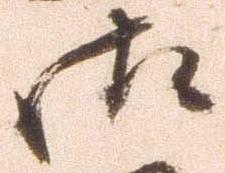
御